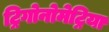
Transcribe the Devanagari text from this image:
ट्रिगोनोमेट्रिया